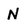
Character: N